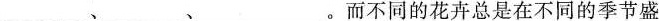
___、___、___。而不同的花卉总是在不同的季节盛